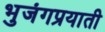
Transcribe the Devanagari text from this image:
भुजंगप्रयाती